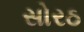
સોરઠ